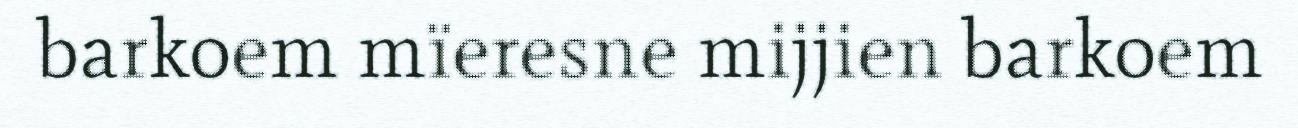
barkoem mïeresne mijjien barkoem